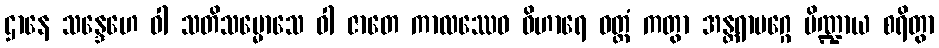
ဌာနေ သန္ဒေဟေ ဝါ သတိသမ္မောသေ ဝါ ဇာတေ ကာလဿေဝ ဝိဟာရေ ဝတ္တံ ကတွာ အန္တရာမဂ္ဂေ ပိဏ္ဍာယ စရိတွာ